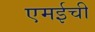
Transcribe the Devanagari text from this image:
एमईची